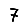
Digit: 7